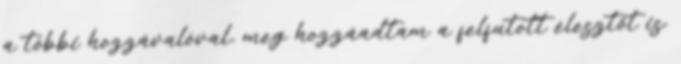
a többi hozzávalóval, meg hozzáadtam a felfutott élesztőt is.